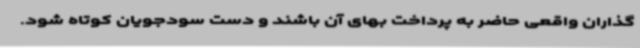
گذاران واقعی حاضر به پرداخت بهای آن باشند و دست سودجویان کوتاه شود.